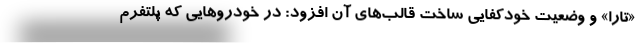
«تارا» و وضعیت خودکفایی ساخت قالب‌های آن افزود: در خودروهایی که پلتفرم